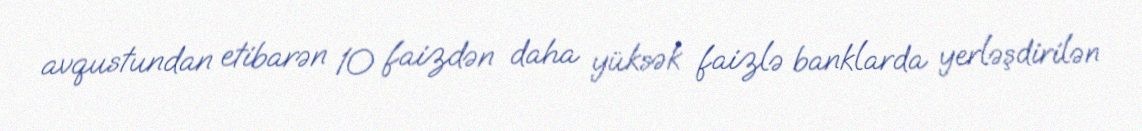
avqustundan etibarən 10 faizdən daha yüksək faizlə banklarda yerləşdirilən